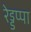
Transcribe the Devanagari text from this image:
रेड्डप्पा